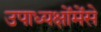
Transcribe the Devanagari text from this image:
उपाध्यक्षोंमेंसे